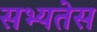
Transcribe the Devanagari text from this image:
सभ्यतेस